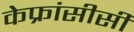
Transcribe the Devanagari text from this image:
केफ्रांसीसी